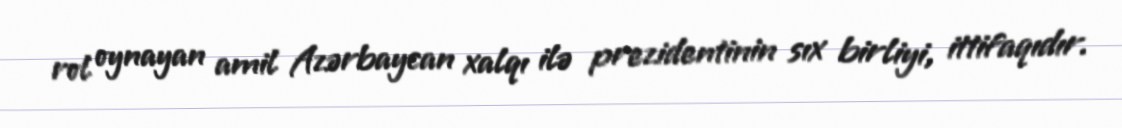
rol oynayan amil Azərbaycan xalqı ilə prezidentinin sıx birliyi, ittifaqıdır.